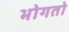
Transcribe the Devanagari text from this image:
भोगतो